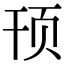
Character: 顸